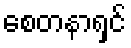
စေတနာရှင်